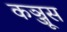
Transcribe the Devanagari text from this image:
कञ्जूस